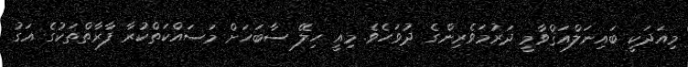
މިއަދަކީ ބައިނަލްއަޤްވާމީ ދަރުމަވެރިންގެ ދުވަހެވެ. މިއީ ހިލޭ ސާބަހަށް މަސައްކަތްކުރާ ފާރާތްތަކުގެ އަގު